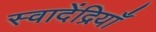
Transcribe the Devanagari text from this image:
स्वादेंद्रियाँ